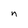
Character: n